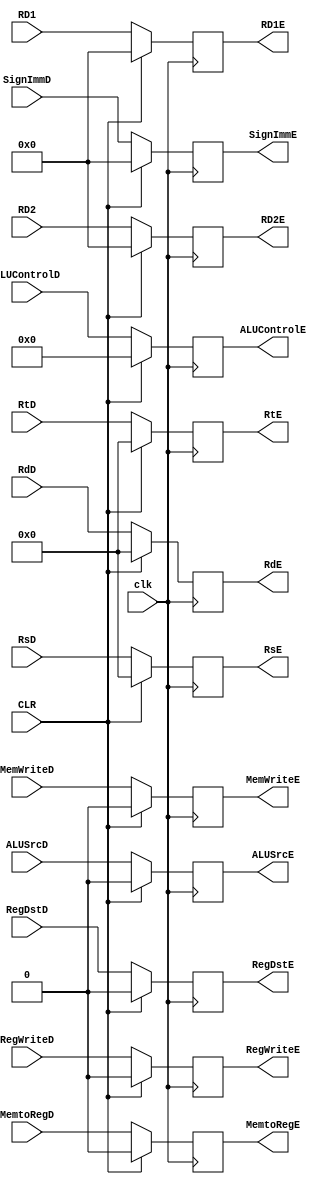
module DE_flipflop (
 input  wire        clk,
 input  wire [31:0] RD1,
 input  wire [31:0] RD2,
 input  wire [31:0] SignImmD,
 input  wire [4:0] RsD,
 input  wire [4:0] RtD,
 input  wire [4:0] RdD,
 input  wire       RegWriteD,
 input  wire       MemtoRegD,
 input  wire       MemWriteD,
 input  wire [3:0] ALUControlD,
 input  wire       ALUSrcD,
 input  wire       RegDstD,
 input  wire        CLR,

 output  reg       RegWriteE,
 output  reg       MemtoRegE,
 output  reg       MemWriteE,
 output  reg [3:0] ALUControlE,
 output  reg       ALUSrcE,
 output  reg       RegDstE,
 output  reg [4:0] RsE,
 output  reg [4:0] RtE,
 output  reg [4:0] RdE,
 output reg [31:0] SignImmE,
 output reg [31:0] RD1E,
 output reg [31:0] RD2E
);
//----------------------------------------  
  
always@(posedge clk)
begin
    RegWriteE<=RegWriteD;
    MemtoRegE<=MemtoRegD;    
    MemWriteE<=MemWriteD;    
    ALUControlE<=ALUControlD;    
    ALUSrcE<=ALUSrcD;    
    RegDstE<=RegDstD; 
    RsE<=RsD;    
    RtE<=RtD;    
    RdE<=RdD;    
    SignImmE<=SignImmD;    
	RD1E<=RD1;
    RD2E<=RD2;

    if (CLR)
      begin
        RegWriteE<=1'b0;
        MemtoRegE<=1'b0;    
        MemWriteE<=1'b0;    
        ALUControlE<=3'b0;    
        ALUSrcE<=1'b0;    
        RegDstE<=1'b0; 
        RsE<=5'b0;    
        RtE<=5'b0;    
        RdE<=5'b0;    
        SignImmE<=32'b0;
		RD1E<=32'b0;
		RD2E<=32'b0;
      end
  
end  
  
endmodule